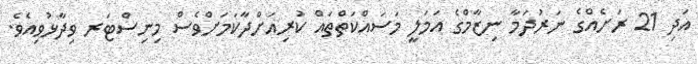
އަދި 21 ރަށެއްގެ ނަރުދަމާ ނިޒާމްގެ އަމަލީ މަސައްކަތްތައް ކުރިއަށްދާކަމަށްވެސް މިނިސްޓަރ ވިދާޅުވިއެވެ.